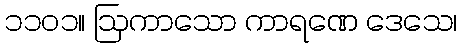
၁၁၀၁။ ဩကာသော ကာရဏေ ဒေသေ၊